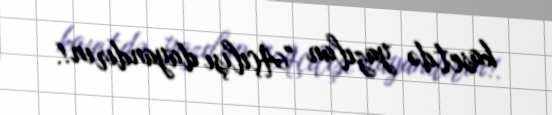
kasetdə yazılan "Açılışı dayandırın!.